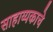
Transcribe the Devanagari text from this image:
साहाय्यकाचे